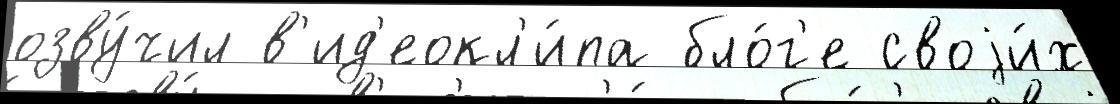
озву́чил в'ид'еокл'и́па бло́г'е своjи́х